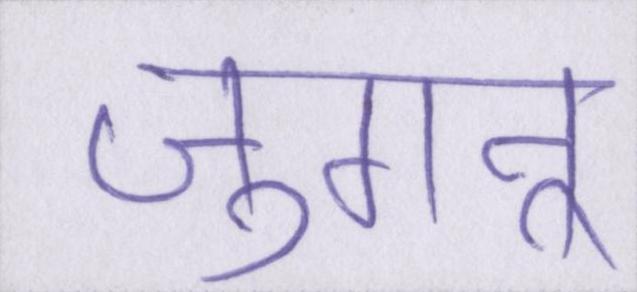
जुगनू